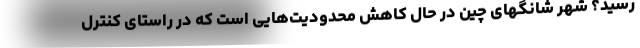
رسید؟ شهر شانگهای چین در حال کاهش محدودیت‌هایی است که در راستای کنترل